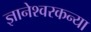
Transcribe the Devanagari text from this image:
ज्ञानेश्वरकन्या